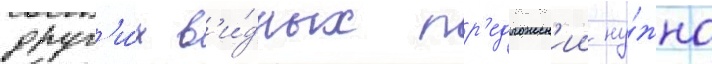
друг'и́х в'и́дных пр'едложен'ии ну́жно